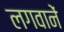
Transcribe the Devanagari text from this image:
लगवानें